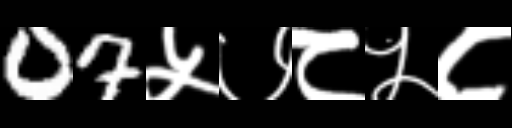
Text: 07५७८५८